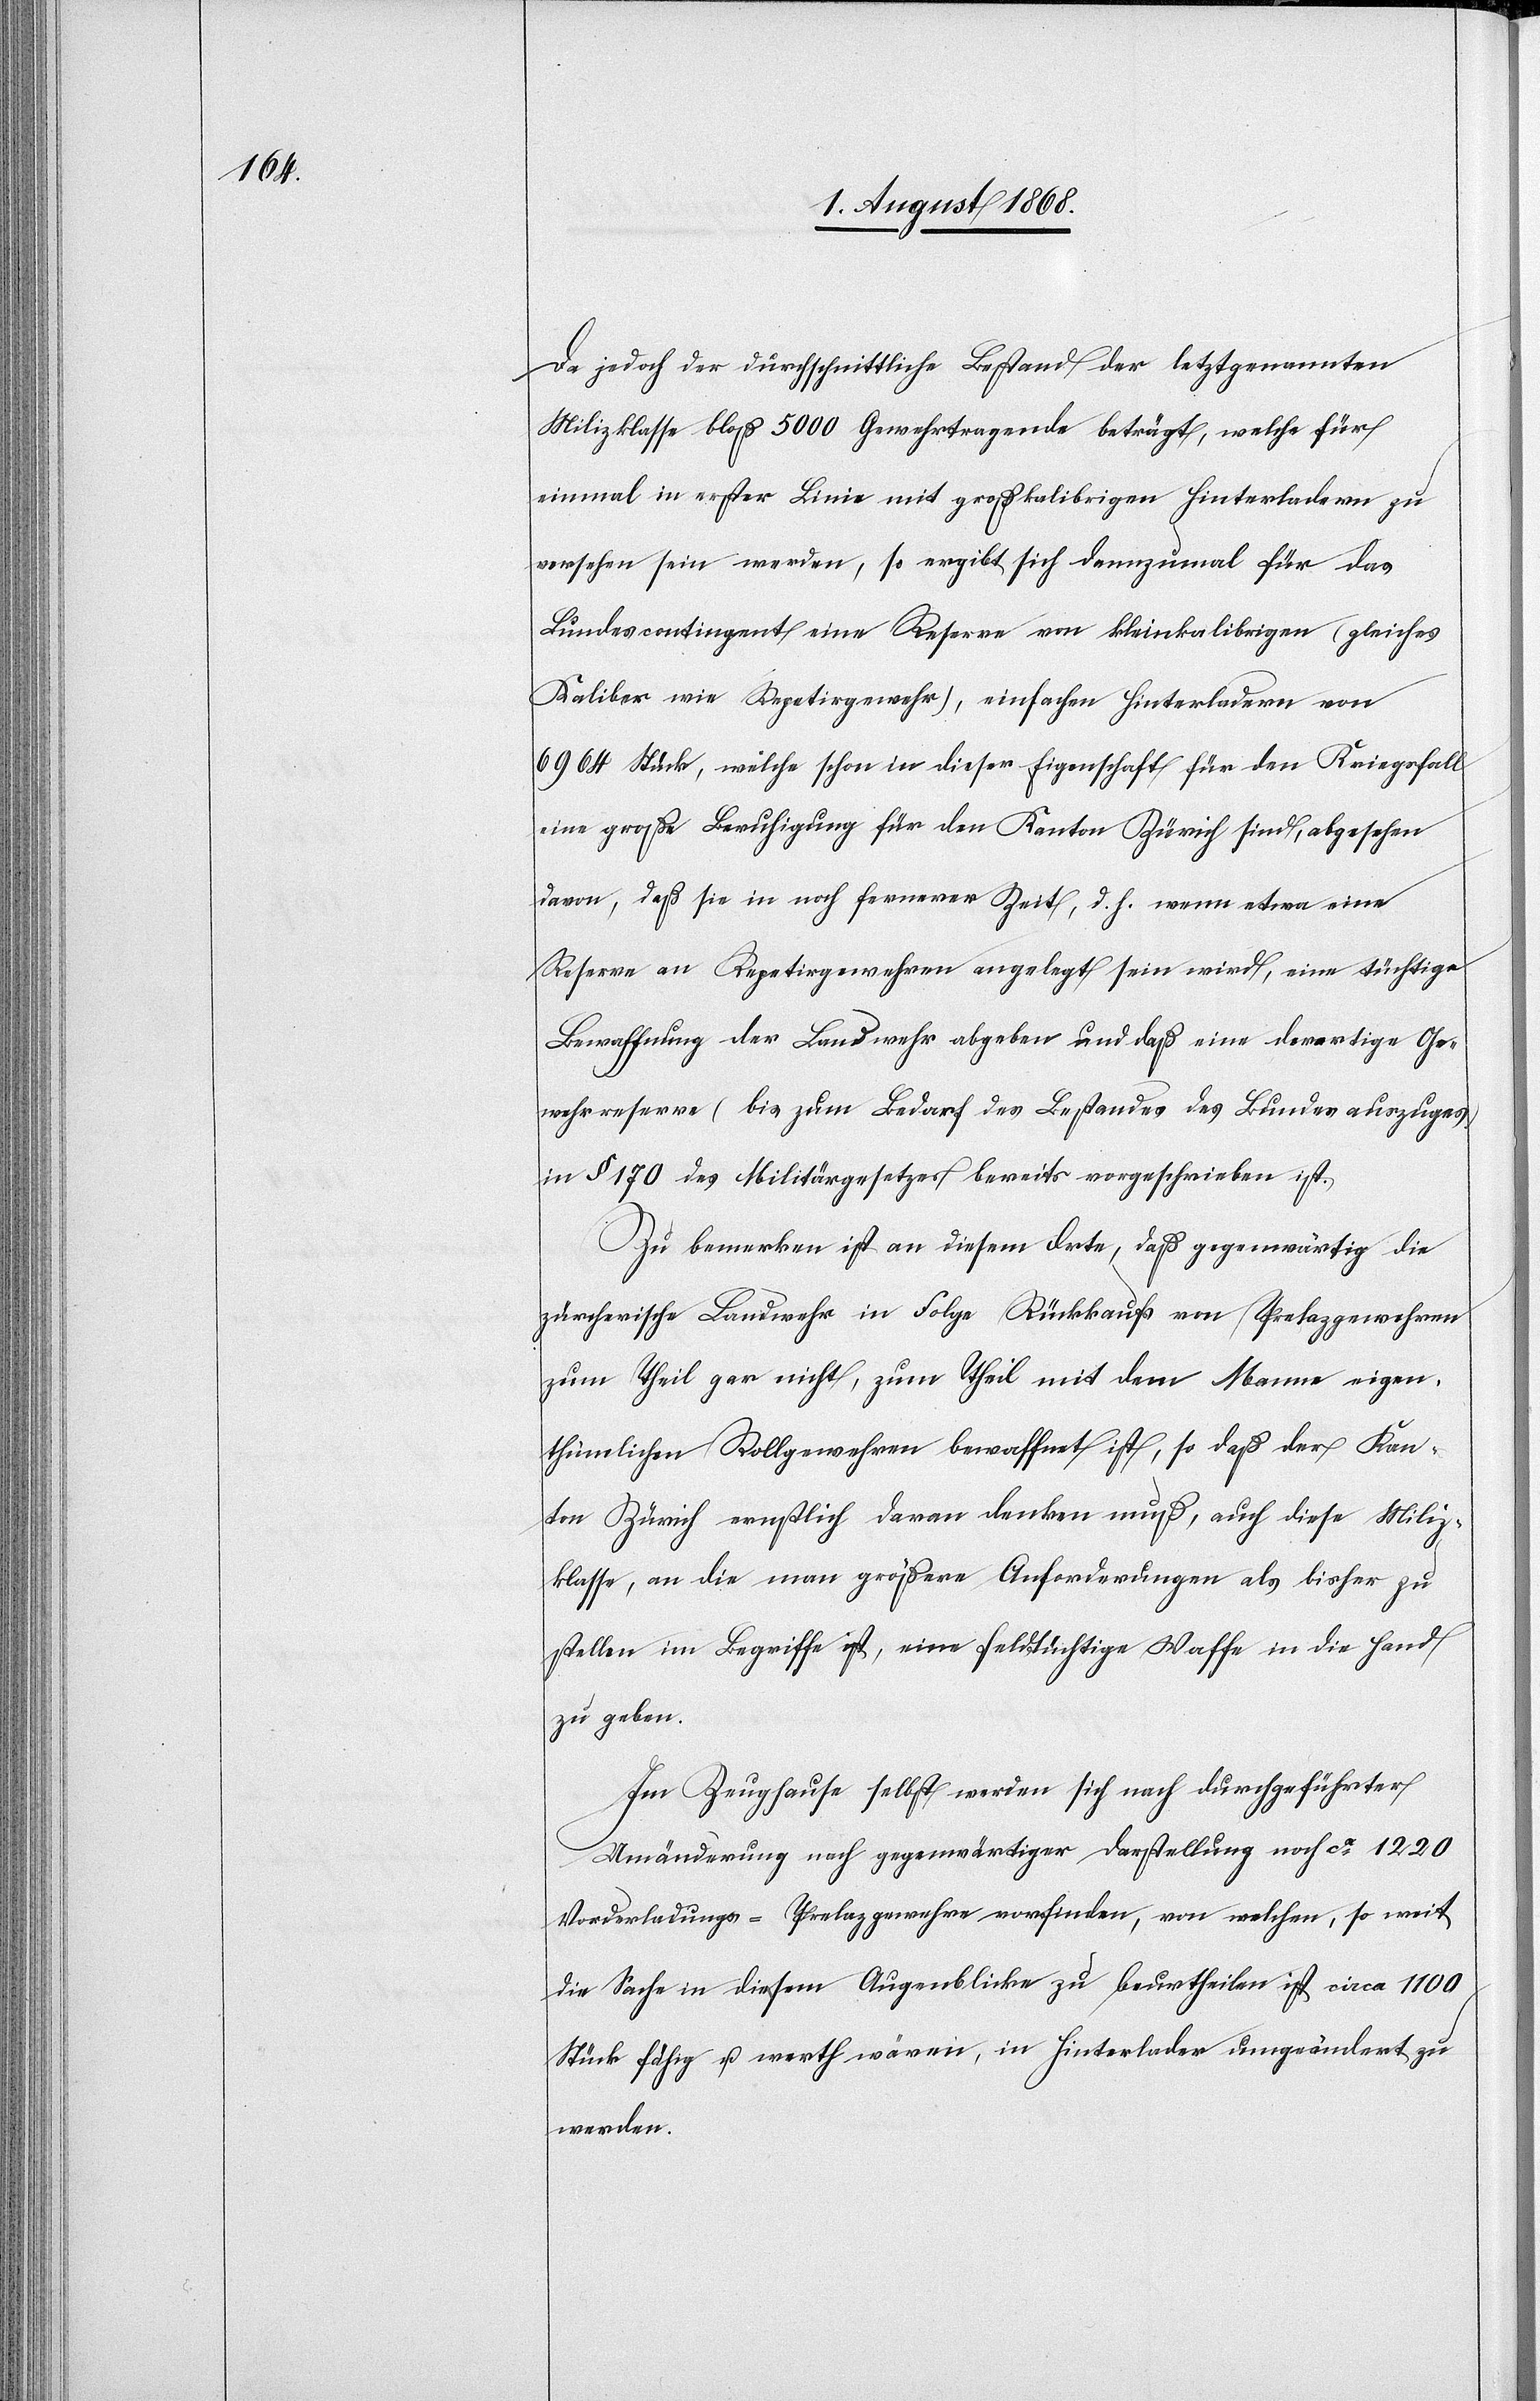
Da jedoch der durchschnittliche Bestand der letztgenannten
Milizklasse bloß 5000 Gewehrtragende beträgt, welche für
einmal in erster Linie mit großkalibrigen Hinterladern zu
versehen sein werden, so ergibt sich dannzumal für das
Bundescontingent eine Reserve von kleinkalibrigen (gleiches
Kaliber wie Repetirgewehr), einfachen Hinterladern von
6964 Stück, welche schon in dieser Eigenschaft für den Kriegsfall
eine große Beruhigung für den Kanton Zürich sind, abgesehen
davon, daß sie in noch fernerer Zeit, d. h. wenn etwa eine
Reserve an Repetirgewehren angelegt sein wird, eine tüchtige
Bewaffnung der Landwehr abgeben und daß eine derartige Ge¬
wehrreserve (bis zum Bedarf des Bestandes des Bundesauszuges)
in § 170 des Militärgesetzes bereits vorgeschrieben ist.
Zu bemerken ist an diesem Orte, daß gegenwärtig die
zürcherische Landwehr in Folge Rückkaufs von Prelazgewehren
zum Theil gar nicht, zum Theil mit dem Manne eigen¬
thümlichen Rollgewehren bewaffnet ist, so daß der Kan¬
ton Zürich ernstlich daran denken muß, auch diese Miliz¬
klasse, an die man größere Anforderungen als bisher zu
stellen im Begriffe ist, eine feldtüchtige Waffe in die Hand
zu geben.
Im Zeughause selbst werden sich nach durchgeführter
Umänderung nach gegenwärtiger Darstellung noch ca 1220
Vorderladungs-Prelazgewehre vorfinden, von welchen, so weit
die Sache in diesem Augenblicke zu beurtheilen ist, circa 1100
Stück fähig u. werth wären, in Hinterlader umgeändert zu
werden.